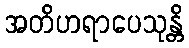
အတိဟရာပေသုန္တိ